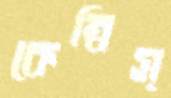
কেম্‌বিস্‌